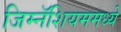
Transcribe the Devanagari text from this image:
जिम्नॅशियममध्ये